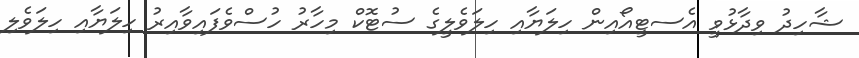
ޝާހިދު ވިދާޅުވީ އެސޓީއޯއިން ހިލަޔާއި ހިލަވެލީގެ ސުޓޮކް މިހާރު ހުސްވެފައިވާއިރު ހިލަޔާއި ހިލަވެލި